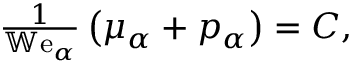
\begin{array} { r } { \frac { 1 } { \mathbb { W } \mathrm { e } _ { \alpha } } \left( \mu _ { \alpha } + p _ { \alpha } \right) = C , } \end{array}